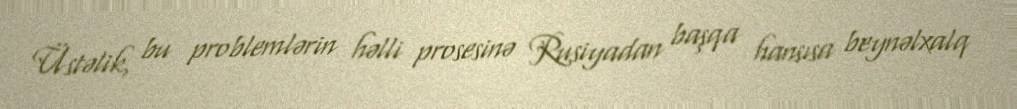
Üstəlik, bu problemlərin həlli prosesinə Rusiyadan başqa hansısa beynəlxalq